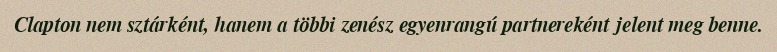
Clapton nem sztárként, hanem a többi zenész egyenrangú partnereként jelent meg benne.